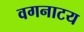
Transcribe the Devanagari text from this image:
वगनाटय